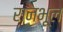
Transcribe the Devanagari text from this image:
रानभूल